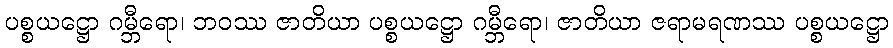
ပစ္စယဋ္ဌော ဂမ္ဘီရော၊ ဘဝဿ ဇာတိယာ ပစ္စယဋ္ဌော ဂမ္ဘီရော၊ ဇာတိယာ ဇရာမရဏဿ ပစ္စယဋ္ဌော